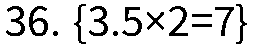
36. {3.5×2=7}